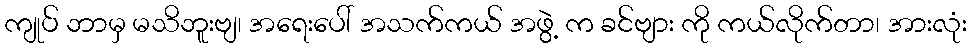
ကျုပ် ဘာမှ မသိဘူးဗျ၊ အရေးပေါ် အသက်ကယ် အဖွဲ့ က ခင်ဗျား ကို ကယ်လိုက်တာ၊ အားလုံး